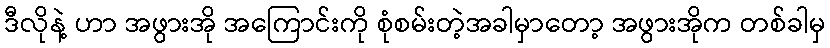
ဒီလိုနဲ့ ဟာ အဖွားအို အကြောင်းကို စုံစမ်းတဲ့အခါမှာတော့ အဖွားအိုက တစ်ခါမှ